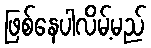
ဖြစ်နေပါလိမ့်မည်